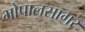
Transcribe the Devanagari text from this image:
भोपालसागर